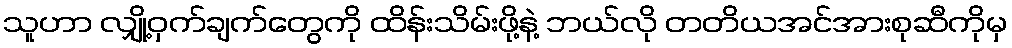
သူဟာ လျှို့ဝှက်ချက်တွေကို ထိန်းသိမ်းဖို့နဲ့ ဘယ်လို တတိယအင်အားစုဆီကိုမှ